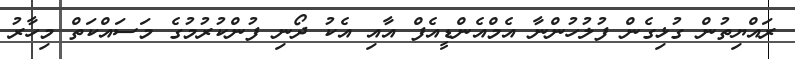
ރައްޔިތުން ގުޅިގެން ފުލުހުންނާ އެމްއެންޑީއެފް އާއި އެކު ދޯނި ފުންކުރުމުގެ މަސައްކަތް މިހާރު